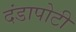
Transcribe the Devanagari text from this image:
दंडापोटी